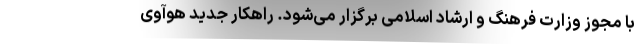
با مجوز وزارت فرهنگ و ارشاد اسلامی برگزار می‌شود. راهکار جدید هوآوی